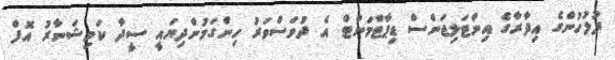
ފުލުހުންގެ އިދާރާގެ އިންޓަލިޖަންސް ޑިޕާޓްމަންޓް އެ ދުވަސްވަރު ހިންގަމުންދިޔައީ ސީދާ ކަމިޝަނާރު އޮފް